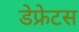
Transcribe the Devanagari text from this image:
डेफ्रेटस